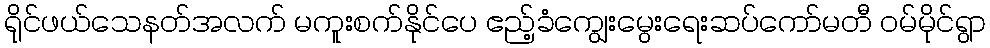
ရိုင်ဖယ်သေနတ်အလက် မကူးစက်နိုင်ပေ ဧည့်ခံကျွေးမွေးရေးဆပ်ကော်မတီ ဝမ်မိုင်ရွာ